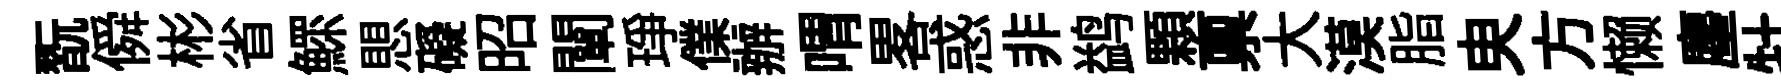
翫僢彬省鰥愳礙昭闡琤㒒辦喟畧惑非鹢顆禀大漠脂㬰方懒麈牡